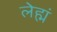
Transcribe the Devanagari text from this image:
लेह्मं